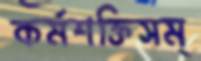
কর্মশক্তিসম্